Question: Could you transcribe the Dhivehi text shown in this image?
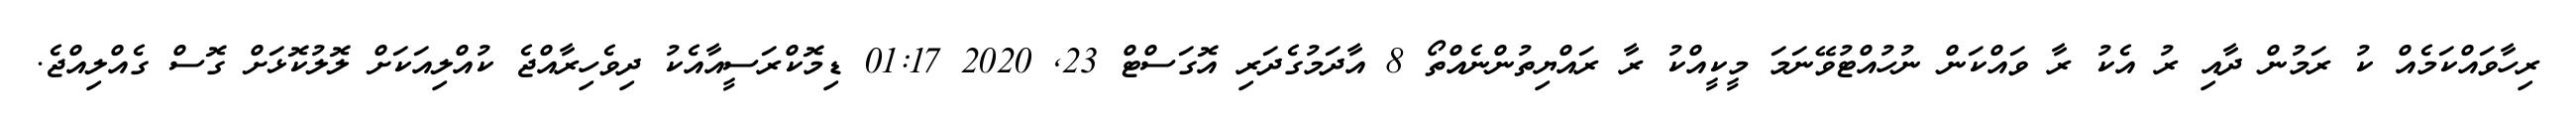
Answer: ރިހާވައްކަމެއް ކު ރަމުން ދާއި ރު އެކު ރާ ވައްކަން ނުހުއްޓުވޭނަމަ މީކީއްކު ރާ ރައްޔިތުންނެއްތޯ 8 އާދަމުގެދަރި އޮގަސްޓް 23, 2020 01:17 ޑިމޮކްރަސީއާއެކު ދިވެހިރާއްޖެ ކުއްލިއަކަށް ލޮލުކޮޅަށް ގޮސް ގެއްލިއްޖެ.